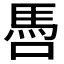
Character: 𩡳